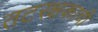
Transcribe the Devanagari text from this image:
तटरक्षकाची